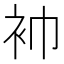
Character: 䘜